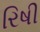
રિષી